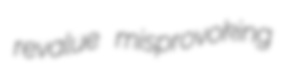
revalue misprovoking